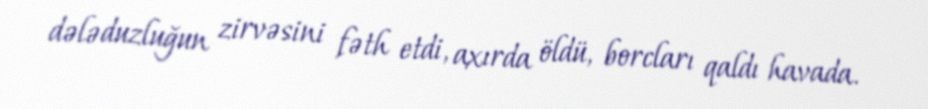
dələduzluğun zirvəsini fəth etdi, axırda öldü, borcları qaldı havada.